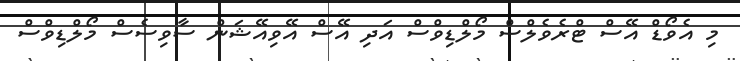
މި އެވޯޑް އޭސް ޓްރެވެލްސް މޯލްޑިވްސް އަދި އޭސް އޭވިއޭޝަން ސާވިސެސް މޯލްޑިވްސް